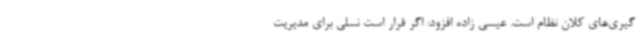
گیری‌های کلان نظام است. عیسی زاده افزود: اگر قرار است نسلی برای مدیریت